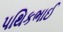
પથિકભાઈ